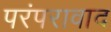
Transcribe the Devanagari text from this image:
परंपरावाद